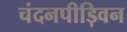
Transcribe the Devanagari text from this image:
चंदनपीड़िवन